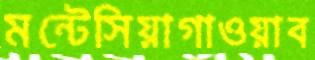
মন্টেসিয়াগাওয়াব